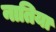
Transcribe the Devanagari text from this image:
नातिया